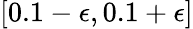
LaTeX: [0.1-\epsilon,0.1+\epsilon]